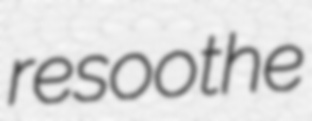
resoothe